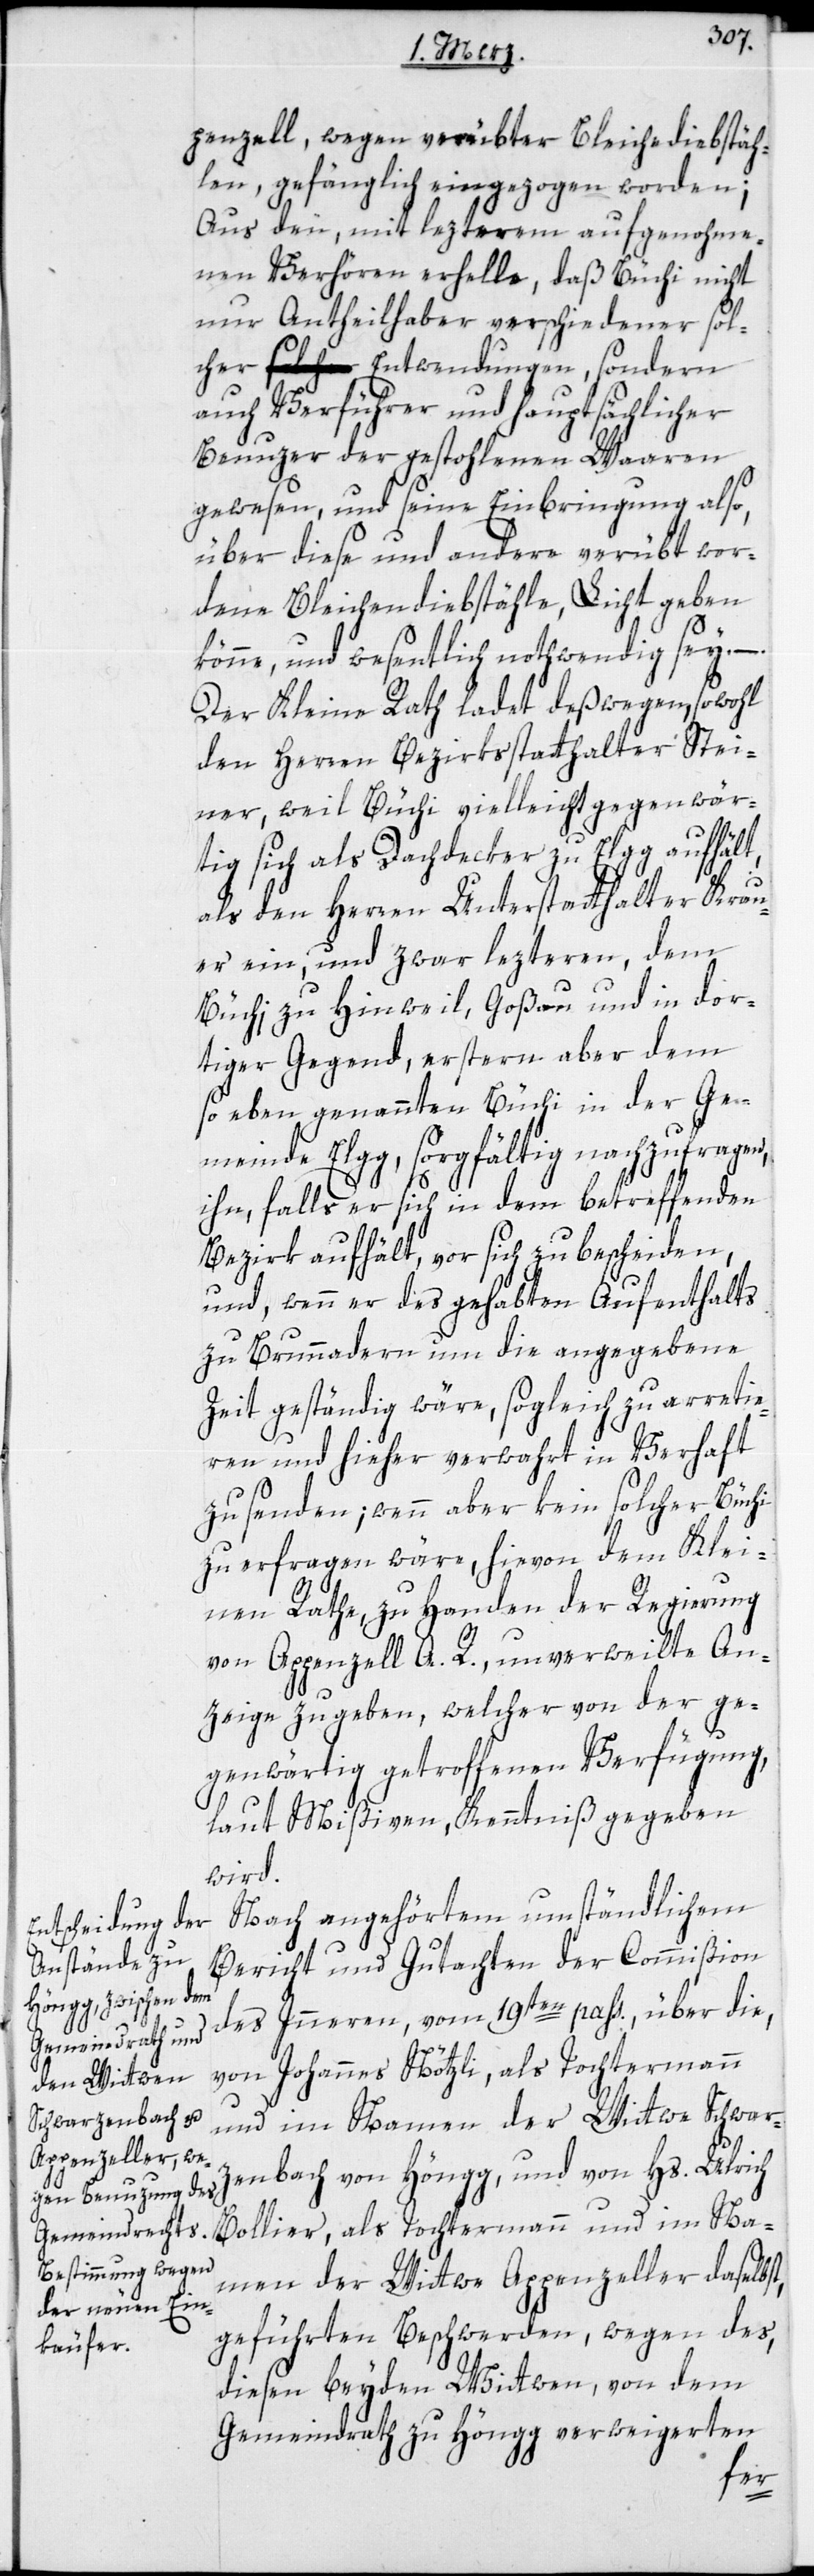
penzell, wegen verübter Bleichediebstäh¬
len, gefänglich eingezogen worden;
Aus den, mit lezterem aufgenohme¬
nen Verhören erhelle, daß Büchi nicht
nur Antheilhaber verschiedener sol¬
cher Entwendungen, sondern
auch Verführer und hauptsächlicher
Benuzer der gestohlenen Waaren
gewesen, und seine Einbringung also,
über diese und andere verübt wor¬
dene Bleichendiebstähle, Licht geben
könne, und wesentlich nothwendig sey. –
Der Kleine Rath ladet deßwegen, sowohl
den Herren Bezirksstatthalter Stei¬
ner, weil Büchi vielleicht gegenwär¬
tig sich als Dachdecker zu Elgg aufhält,
als den Herren Unterstatthalter Krau¬
er ein, und zwar letzteren, dem
Büchi zu Hinweil, Goßau und in dor¬
tiger Gegend, erstern aber dem
soeben genannten Büchi in der Ge¬
meinde Elgg, sorgfältig nachzufragen,
ihn, falls er sich in dem betreffenden
Bezirk aufhält, vor sich zu bescheiden,
und wenn er des gehabten Aufenthalts
zu Brunnadern um die angegebene
Zeit geständig wäre, sogleich zu arretie¬
ren und hieher verwahrt in Verhaft
zu senden; wenn aber kein solcher Büchi
zu erfragen wäre, hievon dem Klei¬
nen Rathe, zu Handen der Regierung
von Appenzell A. R., unverweilte An¬
zeige zu geben, welcher von der ge¬
genwärtig getroffenen Verfügung,
laut Mißiven, Kenntniß gegeben
wird.
Nach angehörtem umständlichen
Bericht und Gutachten der Commißion
des Inneren, vom 19ten pass., über die,
von Johannes Nötzli als Tochtermann
und im Namen der Wittwe Schwar¬
zenbach von Höngg, und von Hs. Ulrich
Namen der Wittwe Appenzeller daselbst,
geführten Beschwerden, wegen des,
diesen beyden Wittwen, von dem
Gemeindrath zu Höngg verweigerten